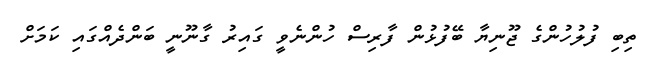
ތިބި ފުލުހުންގެ ޖޫނިޔާ ބޭފުޅުން ފާރިސް ހުންނެވީ ގައިރު ގާނޫނީ ބަންދެއްގައި ކަމަށް